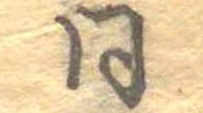
同